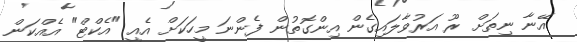
އޭނާ ނިތަށް ރޫ އަރުވާލައިގެން އިންގޮތުން ފެންނަ މީހަކަށް އެއީ "އެކްޓް" އެއްކަން